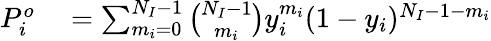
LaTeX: \begin{array}{rl}{P_{i}^{o}}&{{}=\sum_{m_{i}=0}^{N_{I}-1}\binom{N_{I}-1}{m_{i}}y_{i}^{m_{i}}(1-y_{i})^{N_{I}-1-m_{i}}}\end{array}